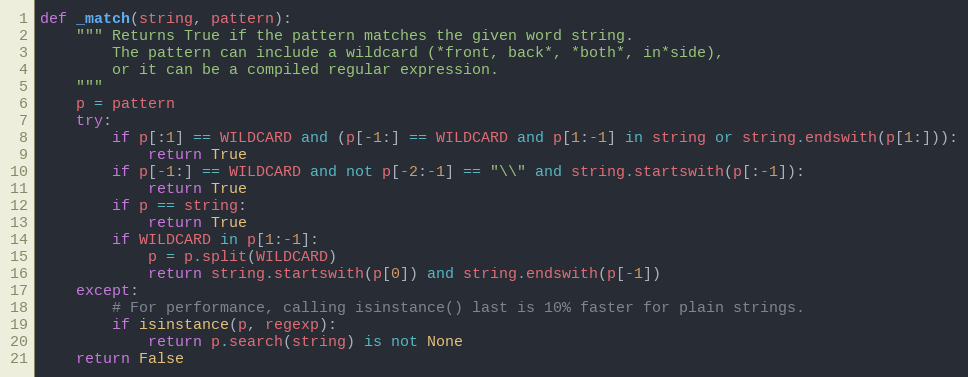
Language: Python
def _match(string, pattern):
    """ Returns True if the pattern matches the given word string.
        The pattern can include a wildcard (*front, back*, *both*, in*side),
        or it can be a compiled regular expression.
    """
    p = pattern
    try:
        if p[:1] == WILDCARD and (p[-1:] == WILDCARD and p[1:-1] in string or string.endswith(p[1:])):
            return True
        if p[-1:] == WILDCARD and not p[-2:-1] == "\\" and string.startswith(p[:-1]):
            return True
        if p == string:
            return True
        if WILDCARD in p[1:-1]:
            p = p.split(WILDCARD)
            return string.startswith(p[0]) and string.endswith(p[-1])
    except:
        # For performance, calling isinstance() last is 10% faster for plain strings.
        if isinstance(p, regexp):
            return p.search(string) is not None
    return False